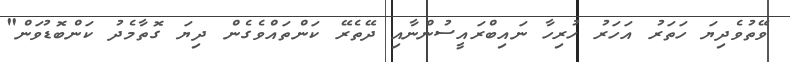
ވޭތުވެދިޔަ ހަތަރު އަހަރު ހުރިހާ ނައިބްރައީސުންނާއި ދޭތެރޭ ކަންތައްވެގެން ދިޔަ ގޮތާމެދު ކަންބޮޑުވަން"